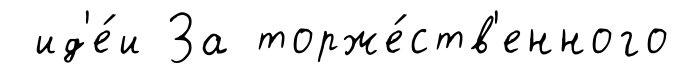
ид'е́и За торже́ств'енного